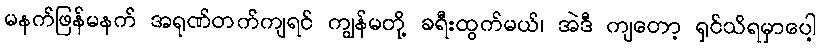
မနက်ဖြန်မနက် အရုဏ်တက်ကျရင် ကျွန်မတို့ ခရီးထွက်မယ်၊ အဲဒီ ကျတော့ ရှင်သိရမှာပေါ့